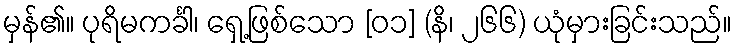
မှန်၏။ ပုရိမကင်္ခါ၊ ရှေ့ဖြစ်သော [၀၁] (နိ၊ ၂၆၆) ယုံမှားခြင်းသည်။